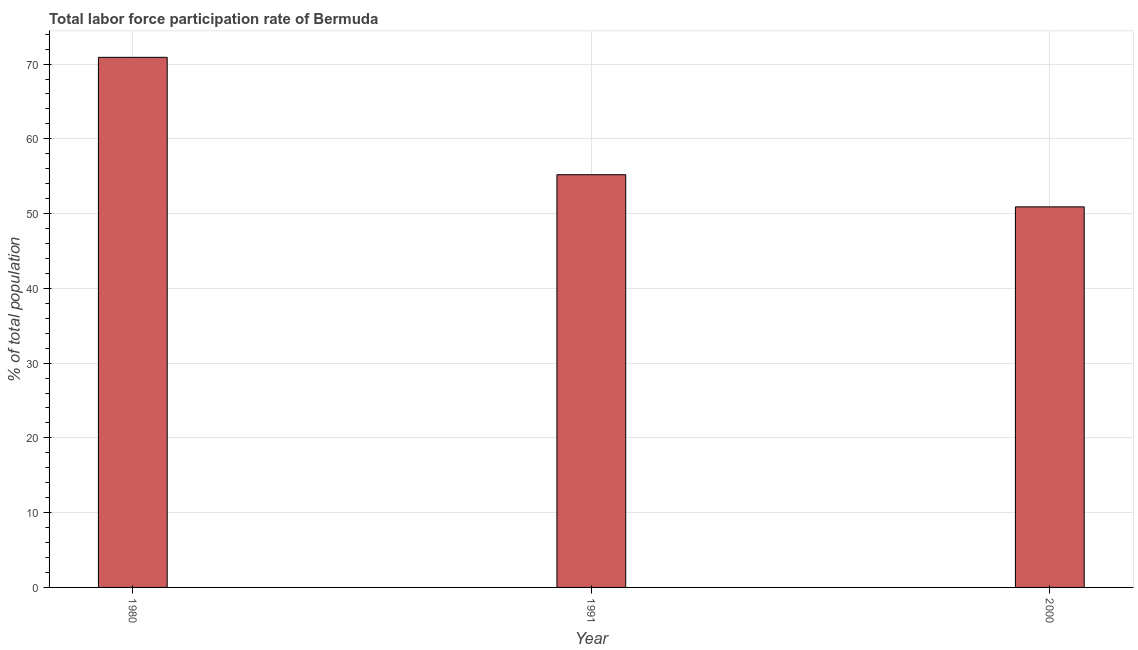
| Year | Labor force participation rate for ages 15-24 total |
 | --- | --- |
 | 1980 | 70.9 |
 | 1991 | 55.2 |
 | 2000 | 50.9 |